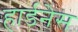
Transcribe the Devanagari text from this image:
हार्डनेस